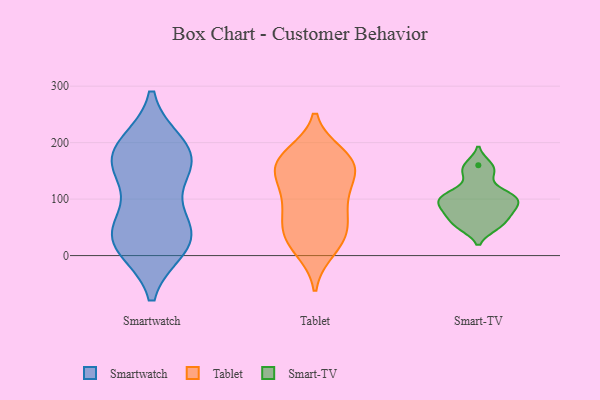
{"axis": {"x": "Conversion Rate (%)", "y": "Value"}, "legend": ["Smart-TV", "Smartwatch", "Tablet"], "data": [{"x": "", "y": 50, "type": "Smartwatch"}, {"x": "", "y": 26, "type": "Smartwatch"}, {"x": "", "y": 166, "type": "Smartwatch"}, {"x": "", "y": 151, "type": "Smartwatch"}, {"x": "", "y": 25, "type": "Smartwatch"}, {"x": "", "y": 28, "type": "Smartwatch"}, {"x": "", "y": 64, "type": "Smartwatch"}, {"x": "", "y": 194, "type": "Smartwatch"}, {"x": "", "y": 195, "type": "Smartwatch"}, {"x": "", "y": 16, "type": "Smartwatch"}, {"x": "", "y": 162, "type": "Smartwatch"}, {"x": "", "y": 168, "type": "Smartwatch"}, {"x": "", "y": 27, "type": "Tablet"}, {"x": "", "y": 34, "type": "Tablet"}, {"x": "", "y": 113, "type": "Tablet"}, {"x": "", "y": 177, "type": "Tablet"}, {"x": "", "y": 163, "type": "Tablet"}, {"x": "", "y": 152, "type": "Tablet"}, {"x": "", "y": 45, "type": "Tablet"}, {"x": "", "y": 162, "type": "Tablet"}, {"x": "", "y": 89, "type": "Tablet"}, {"x": "", "y": 99, "type": "Tablet"}, {"x": "", "y": 166, "type": "Tablet"}, {"x": "", "y": 154, "type": "Tablet"}, {"x": "", "y": 12, "type": "Tablet"}, {"x": "", "y": 61, "type": "Tablet"}, {"x": "", "y": 107, "type": "Smart-TV"}, {"x": "", "y": 103, "type": "Smart-TV"}, {"x": "", "y": 55, "type": "Smart-TV"}, {"x": "", "y": 145, "type": "Smart-TV"}, {"x": "", "y": 74, "type": "Smart-TV"}, {"x": "", "y": 160, "type": "Smart-TV"}, {"x": "", "y": 90, "type": "Smart-TV"}, {"x": "", "y": 52, "type": "Smart-TV"}, {"x": "", "y": 106, "type": "Smart-TV"}, {"x": "", "y": 81, "type": "Smart-TV"}]}